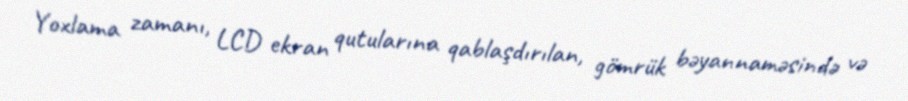
Yoxlama zamanı, LCD ekran qutularına qablaşdırılan, gömrük bəyannaməsində və